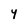
Character: Y